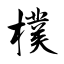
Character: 樸